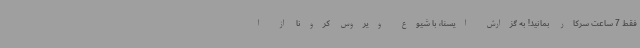
فقط 7 ساعت سرکار بمانید! به گزارش ایسنا، با شیوع ویروس کرونا از ا